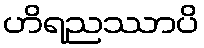
ဟိရညဿာပိ